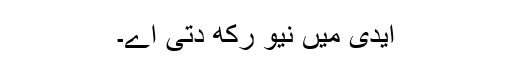
ایدی میں نیو رکھ دتی اے۔